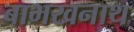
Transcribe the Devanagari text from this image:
बाभखनाथ